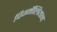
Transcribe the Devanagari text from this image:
पिग्मॅलियन